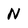
Character: N